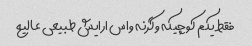
فقط یکم کوچیکه وگرنه واس ارایش طبیعی عالیع